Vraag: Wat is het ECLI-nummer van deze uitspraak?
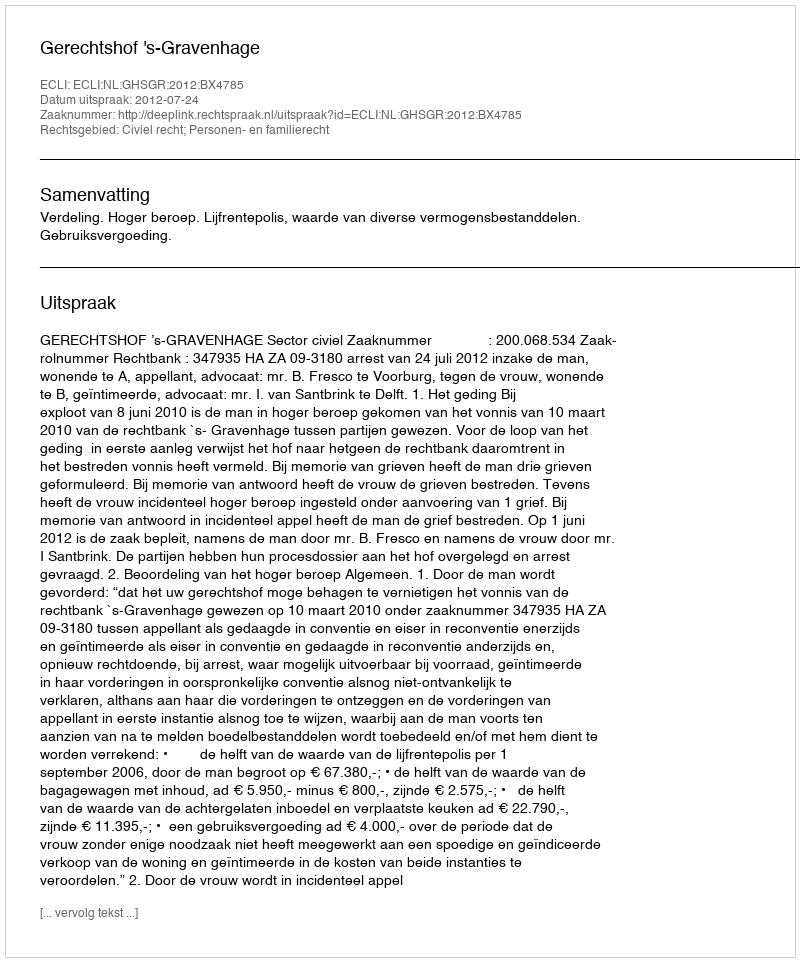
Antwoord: ECLI:NL:GHSGR:2012:BX4785